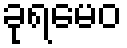
ခုရမေဝ